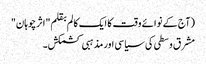
(آج کے نوائے وقت کا ایک کالم بقلم "اثرچوہان"
مشرق وسطی کی سیاسی اور مذہبی کشمکش۔